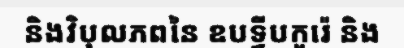
និងវិបុលភពនៃ ឧបទ្វីបកូរ៉េ និង